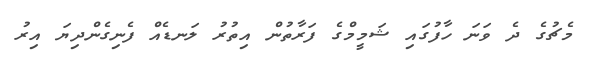
މެޗުގެ ދެ ވަނަ ހާފުގައި ޝަމީމްގެ ފަރާތުން އިތުރު ލަނޑެއް ފެނިގެންދިޔަ އިރު